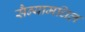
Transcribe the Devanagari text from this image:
सैन्यामधिल